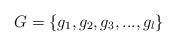
LaTeX: \begin{align*}G=\{g_{1},g_{2},g_{3},...,g_{l}\}\end{align*}